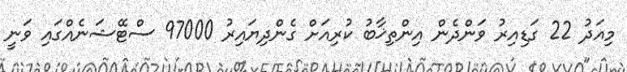
މިއަދު 22 ގަޑިއިރު ވަންދެން އިންތިޚާބު ކުރިއަށް ގެންދިޔައިރު 97000 ސްޓޭޝަނެއްގައި ވަނީ